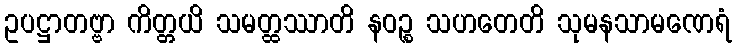
ဥပဋ္ဌာတဗ္ဗာ ကိတ္တယိ သမတ္ထဿာတိ နဝဉ္စ သဟတေတိ သုမနသာမဏေရံ